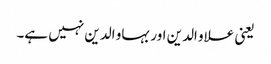
یعنی علاو الدین اور بہاو الدین نہیں ہے۔